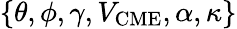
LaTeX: \{ \theta,\phi,\gamma,V_{\mathrm{CME}},\alpha,\kappa\}